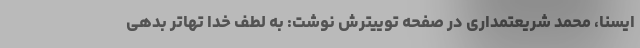
ایسنا، محمد شریعتمداری در صفحه توییترش نوشت: به لطف خدا تهاتر بدهی